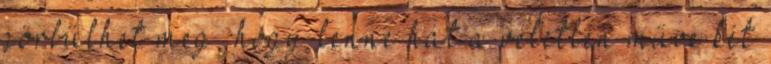
görbülhet meg, hogy lenne hát a véletlen műve két